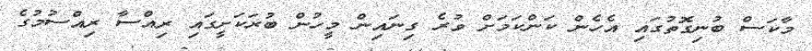
މާކަސް ބުނިގޮތުގައި އެހެން ކަންކަމަށް ވުރެ ގިނައިން މީހުން ބުރަކަށީގައި ރިއްސާ ރިއްސުމުގެ